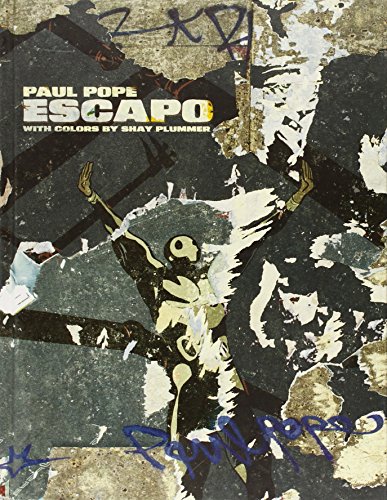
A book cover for Escapo; Paul Pope; Comics & Graphic Novels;